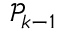
\mathcal { P } _ { k - 1 }